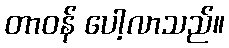
တာဝန် ပေါ့လာသည်။